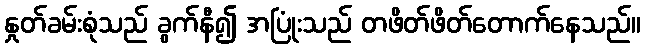
နှုတ်ခမ်းစုံသည် ခွက်နီ၍ အပြုံးသည် တဖိတ်ဖိတ်တောက်နေသည်။